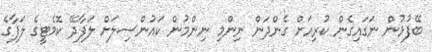
ބޭފުޅުން ނަގައިގެން ކުރިއަށް ގެންދަން ނިންމި ނިންމުން ކައުންސިލަށް ލަފާދޭ ކޮމެޓީގެ ލަފާގެ